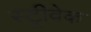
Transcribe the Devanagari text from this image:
स्ट्रीवेक